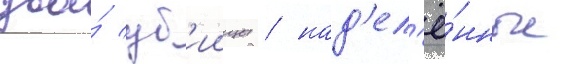
два́ уб'иицы / над'ел'ё́нные